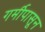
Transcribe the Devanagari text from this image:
गर्मीपासून